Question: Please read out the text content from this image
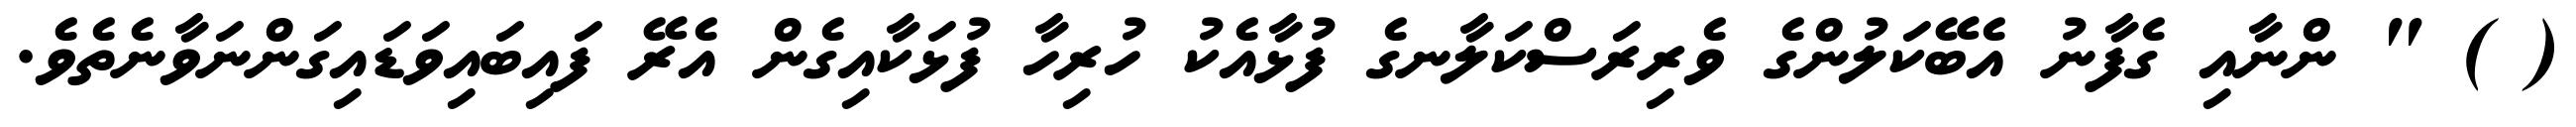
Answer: ( ) " ންނާއި ގެފާނު އެބޭކަލުންގެ ވެރިރަސްކަލާނގެ ފުޅާއެކު ހުރިހާ ފުޅަކާއިގެން އެރޭ ފައިބައިވަޑައިގަންނަވާނެތެވެ.